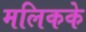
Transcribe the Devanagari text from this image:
मलिकके